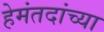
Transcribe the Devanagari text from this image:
हेमंतदांच्या